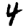
Digit: 4